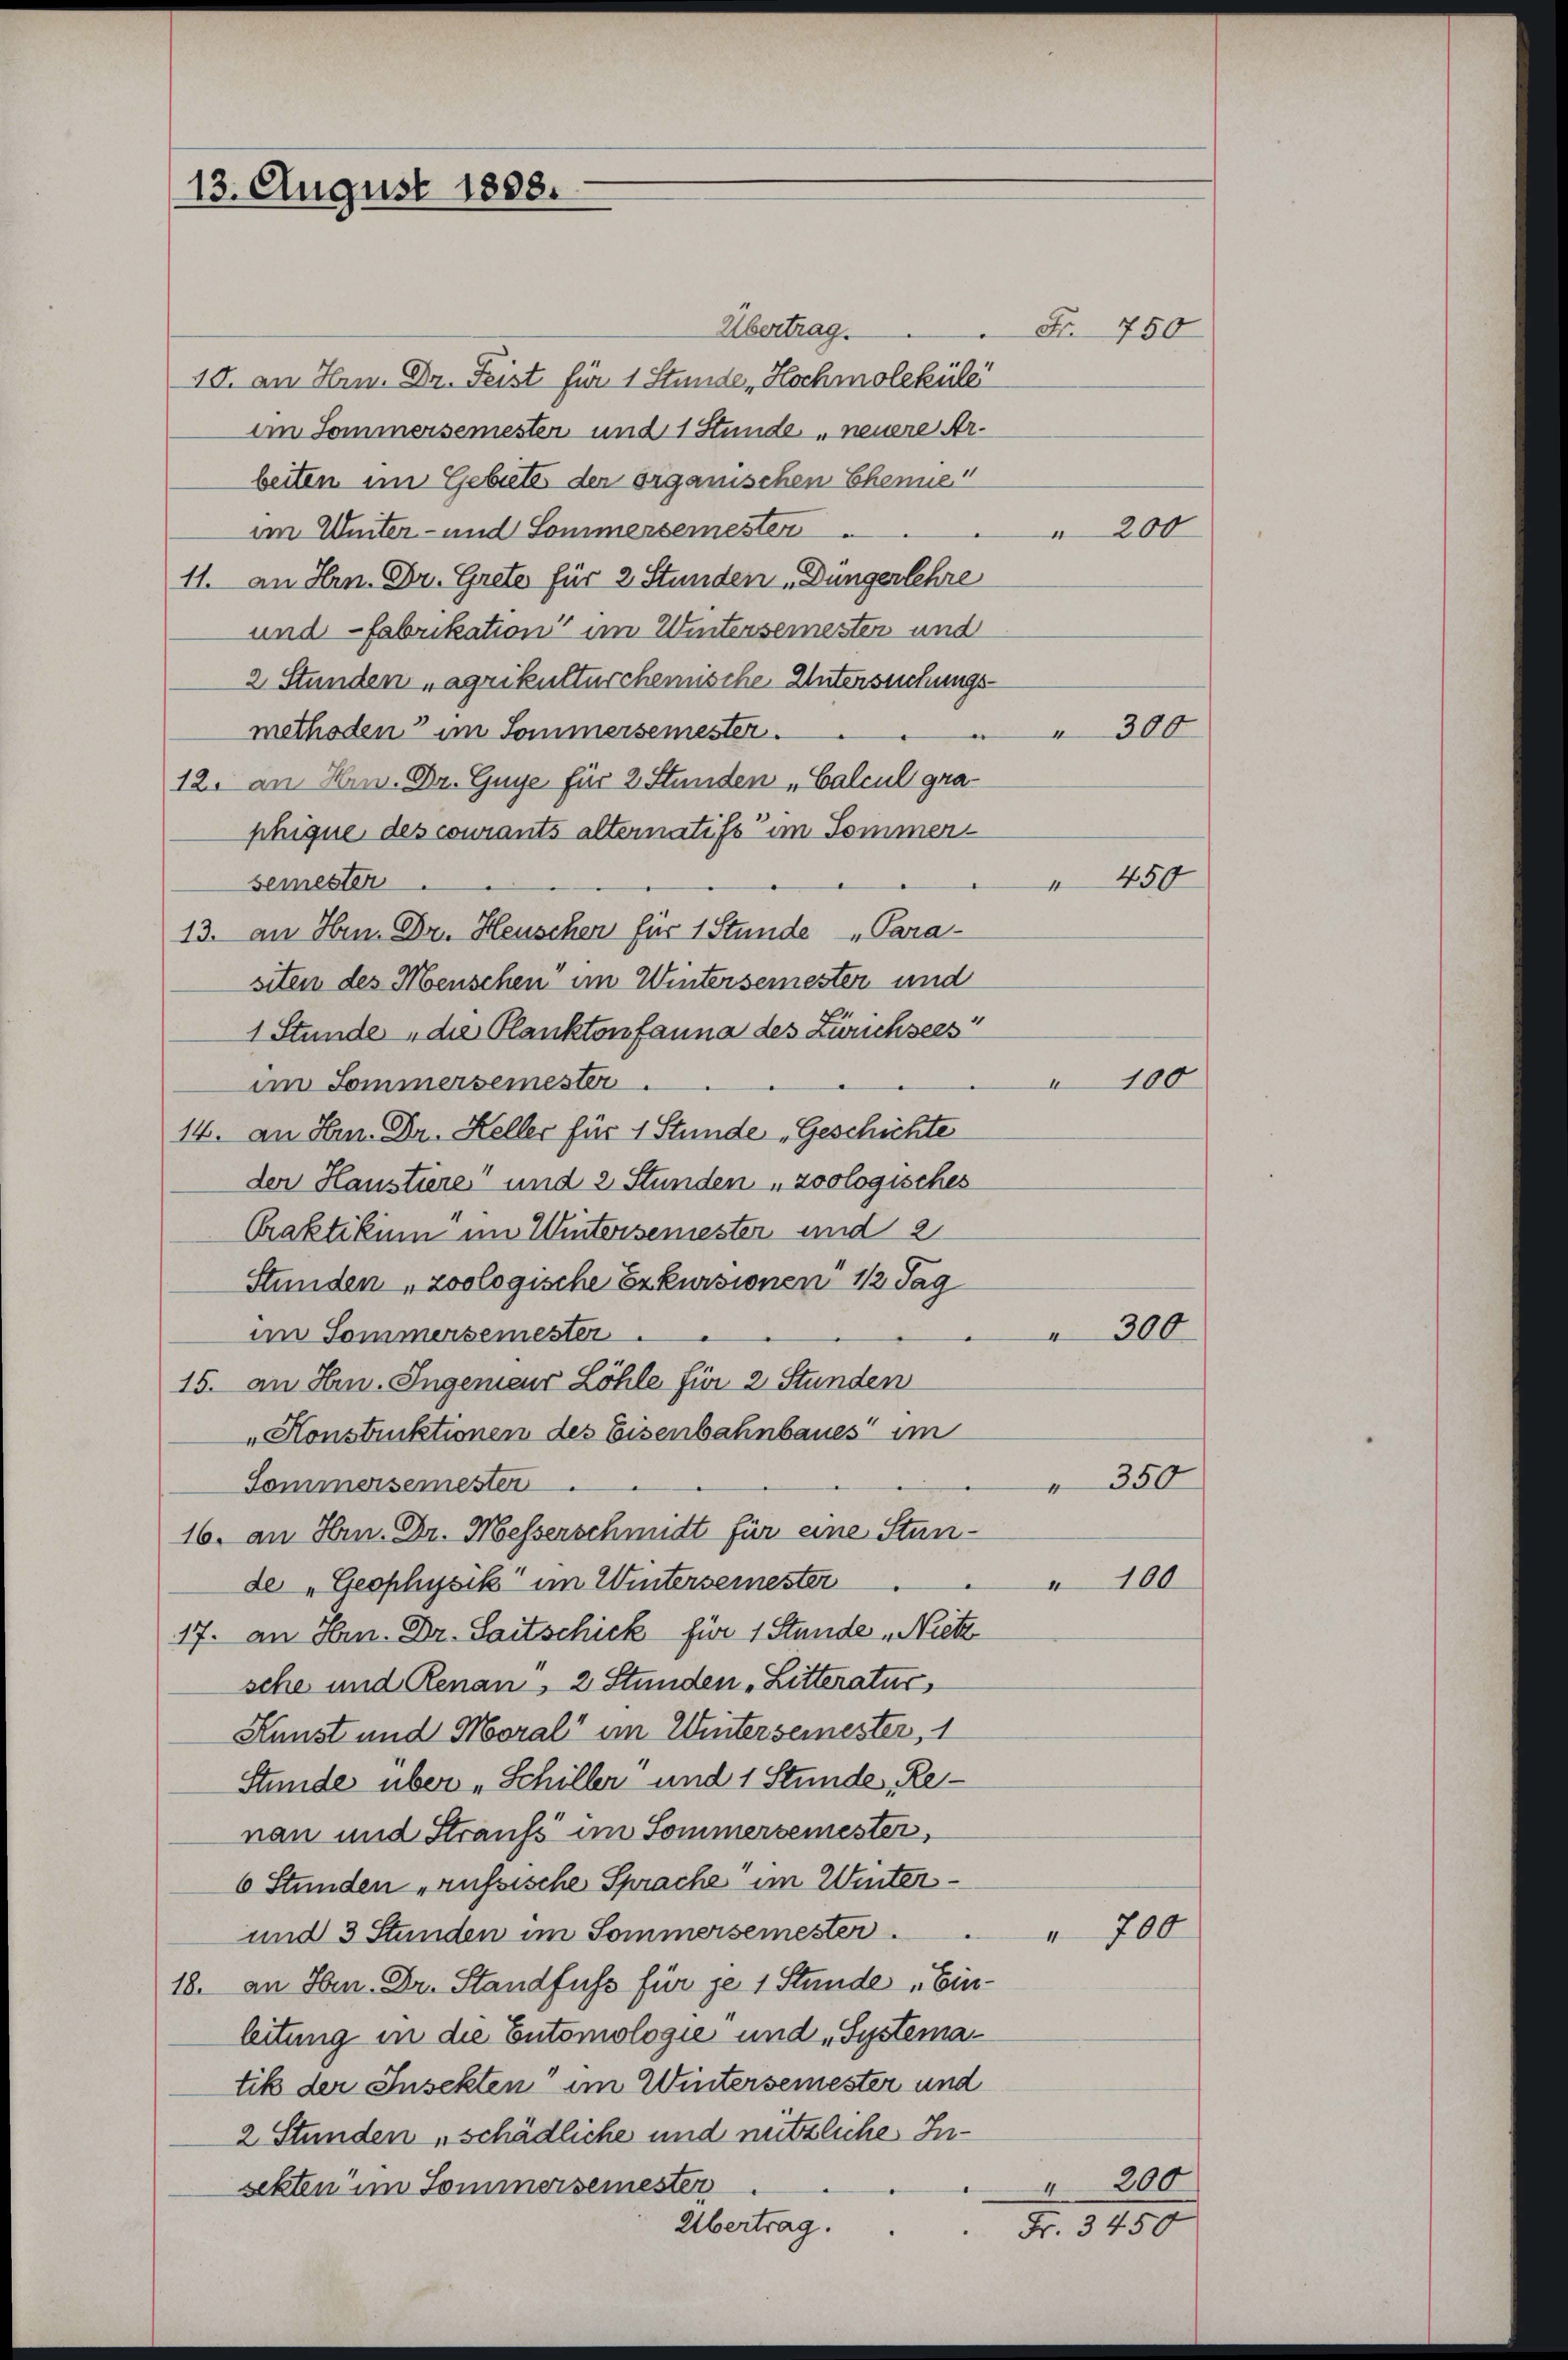
13. August 1888.

Übertrag.
15. an Hrn. Dr. Feist für 1 Stunde, Hochmoleküle
am Sommersemester und 1 Stunde neuere Arbeiten im Gebiete der organischen Chene
im Winter- und Sommersemesten
200
11. an Hrn. Dr. Grete für 2 Stunden Düngerlehre
und Fabrikation im Wintersemesten und
2 Stunden „agrikulturchemische Untersuchungs-
methoden im Sommersemester.
12. an Hrn. Dr. Guye für 2 Stunden Calcul graphique des courants alternatifs im Sommersemesten
13. an Hrn. Dr. Heuscher für 1 Stunde „Para-
siten des Menschen im Wintersemesten und
1 Stunde, die Planktenfanna des Zürichsees
im Sommersemester
14. an Hrn. Dr. Keller für 1 Stunde Geschichte
der Haustiere und 2 Stunden „zoologisches
Praktikum im Wintersemester und 2
Stunden, zoologische Erkursionen 1/2 Tag
im Sommersemester.
 300
15. an Hrn. Ingenieur Löhle für 2 Stunden
"Honstruktionen des Eisenbahnbaues im
350
Sommersemesten
16. an Hrn. Dr. Messerschmidt für eine Stunder „Geophysik im Wintersemester
100
17. an Hrn. Dr. Saitschick für 1 Stunde Nietz
sche und Renau, 2 Stunden Litteratur
Kunst und Moral“ im Winterseinester, 1
Stunde über „Schiller und 1 Stunde Renan und Straufs im Sommersemester,
6 Stunden russische Sprache im Winter¬
und 3 Stunden im Sommersemester.
 700
18. an Hrn. Dr. Standfuss für je 1 Stunde „Ein-
leitung in die Entomologie und „Systematik der Insekten im Wintersemester und
2 Stunden „schädliche und nützliche In¬
" 200
sekten im Sommersemester
Übertrag.
Fr. 3450

Fr. 750

300
 450
100